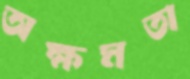
অক্ষমতা